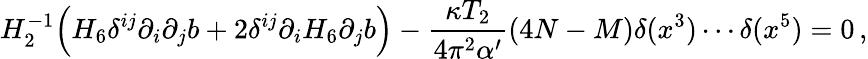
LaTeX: H_{2}^{-1}\Big(H_{6}\delta^{ij}\partial_{i}\partial_{j}b+2\delta^{ij}\partial_{i}H_{6}\partial_{j}b\Big)-\frac{\kappa T_{2}}{4\pi^{2}\alpha^{\prime}}(4N-M)\delta(x^{3})\cdots\delta(x^{5})=0\, ,